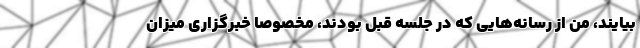
بیایند، من از رسانه‌هایی که در جلسه قبل بودند، مخصوصا خبرگزاری میزان